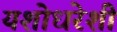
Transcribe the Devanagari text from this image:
यशोधरेशी